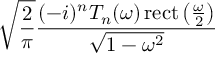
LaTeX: { \sqrt { \frac { 2 } { \pi } } } { \frac { ( - i ) ^ { n } T _ { n } ( \omega ) \operatorname { r e c t } \left( { \frac { \omega } { 2 } } \right) } { \sqrt { 1 - \omega ^ { 2 } } } }